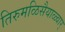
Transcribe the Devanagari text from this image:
तिरुमळिसैयाळ्वार्